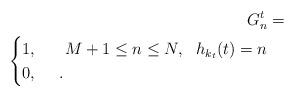
LaTeX: \begin{align*}G_n^t= \\ \begin{cases} 1,~~~~ ~ M+1\le n\le N, ~ ~h_{k_t}(t)=n\\ 0, ~~~~. \end{cases}\end{align*}